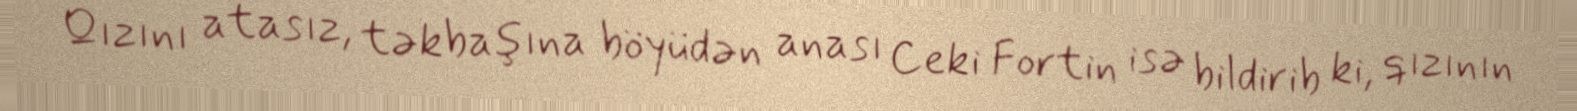
Qızını atasız, təkbaşına böyüdən anası Ceki Fortin isə bildirib ki, qızının